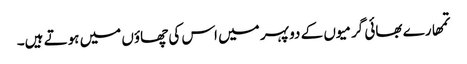
تمھارے بھائی گرمیوں کے دو پہر میں اس کی چھاؤں میں ہوتے ہیں۔